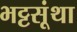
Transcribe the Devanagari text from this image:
भट्टसूंथा